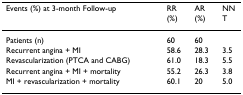
| Events (%) at 3-month Follow-up | RR (%) | AR (%) | NNT |
 | --- | --- | --- | --- |
 | Patients (n) | 60 | 60 |  |
 | Recurrent angina + MI | 58.6 | 28.3 | 3.5 |
 | Revascularization (PTCA and CABG) | 61.0 | 18.3 | 5.5 |
 | Recurrent angina + MI + mortality | 55.2 | 26.3 | 3.8 |
 | MI + revascularization + mortality | 60.1 | 20 | 5.0 |